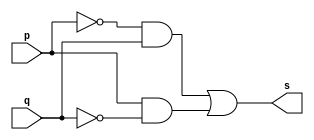
// --------------------- 
// Exercicio01-05 - XOR
// Nome: Lucas Siqueira Chagas	 
// --------------------- 
// --------------------- 
// -- XOR
// --------------------- 
module xorgate (output s, 
input p, 
input q); 
assign s = (~p&q)|(p&~q); 
endmodule // xorgate 
// --------------------- 
// -- test xorgate 
// --------------------- 
module testxorgate; 
// ------------------------- dados locais 
reg a,b; // definir registrador 
wire s; // definir conexao (fio) 
// ------------------------- instancia 
xorgate XOR1 (s, a, b); 
// ------------------------- preparacao 
initial begin:start 
a=0; 
b=0;
end 
// ------------------------- parte principal 
initial begin:main 
$display("Exercicio01-06 - Lucas Siqueira Chagas - 380783"); 
$display("Test XOR gate "); 
$display("\n (~a&b)|(a&~b) = s\n"); 
a=0; b=0;
$monitor("(~%b&%b)|(%b&~%b) = %b", a, b, a,b,s);
#1 a=0; b=1;
#1 a=1; b=0;
#1 a=1; b=1;
end 
endmodule // testxorgate